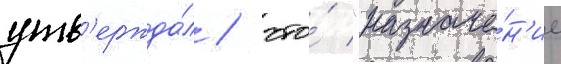
утв'ержда́л / что́ "назначе́н'ие